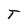
Character: T